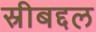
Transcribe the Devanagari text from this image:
स्रीबद्दल